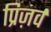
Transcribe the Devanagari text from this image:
प्रिज़र्व